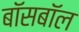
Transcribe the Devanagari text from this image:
बॉसबॉल